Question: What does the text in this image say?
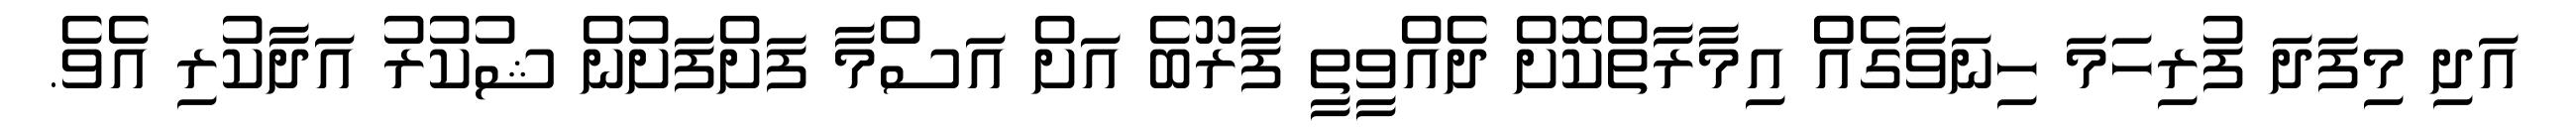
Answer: އަދި މިފަދަ ފުރިހަމަ ހިނަވާގެއްް އިމާރާތްކޮށް ދެއްވީތީ ފާރޫބެ އަށް އަސްމާ ފަށްފަށުން ޝުކުރު އަދާކުރި އެވެ.